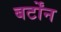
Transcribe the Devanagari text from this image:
बर्टोंन